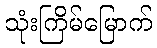
သုံးကြိမ်မြောက်